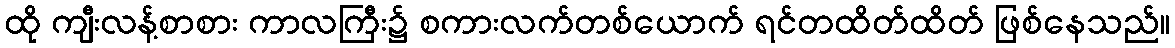
ထို ကျီးလန့်စာစား ကာလကြီး၌ စကားလက်တစ်ယောက် ရင်တထိတ်ထိတ် ဖြစ်နေသည်။